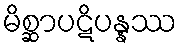
မိစ္ဆာပဋိပန္နဿ